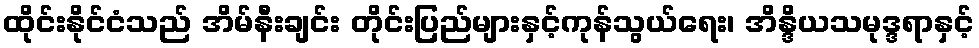
ထိုင်းနိုင်ငံသည် အိမ်နီးချင်း တိုင်းပြည်များနှင့်ကုန်သွယ်ရေး၊ အိန္ဒိယသမုဒ္ဒရာနှင့်